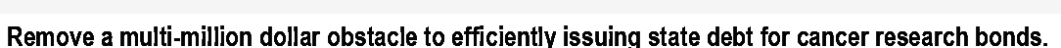
Remove a multi-million dollar obstacle to efficiently issuing state debt for cancer research bonds.